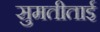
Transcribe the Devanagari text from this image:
सुमतीताई